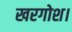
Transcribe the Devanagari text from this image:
खरगोश।